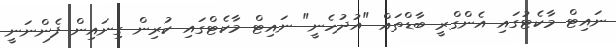
ނައިޓް މާކެޓުގައި އެންގްރީ ބާޑްތައް "އުދުހެނީ" ނައިޓް މާކެޓްގައި ކުރިން ގިނައިން ފެންނަނީ